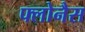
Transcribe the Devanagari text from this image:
फ्लोनैस